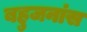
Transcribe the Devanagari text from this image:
बहुजनांस